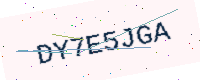
Text: DY7E5JGA